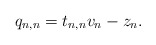
\begin{align*} q_{n,n}= t_{n,n}v_n - z_n.\end{align*}